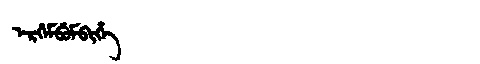
Manchu: ᡝᡵᡤᡝᠮᠪᡠᠮᠪᡳᡥᡝ
Romanization: ERGEMBUMBIHE